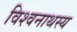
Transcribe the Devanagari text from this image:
विश्वनाथस्य